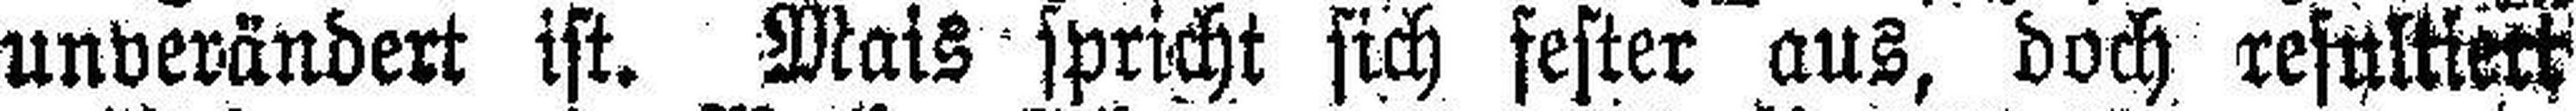
unverändert ist. Mais spricht sich fester aus, doch resultiert